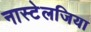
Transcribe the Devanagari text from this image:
नास्टेलजिया